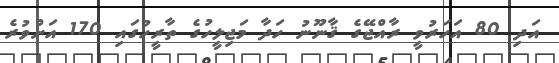
އަދި 80 އަހަރުވީ ރާއްޖޭގެ ޤާނޫނު ހަދާ މަޖިލީހުގެ ތާރީހުގައި 170 އަށްވުރެ